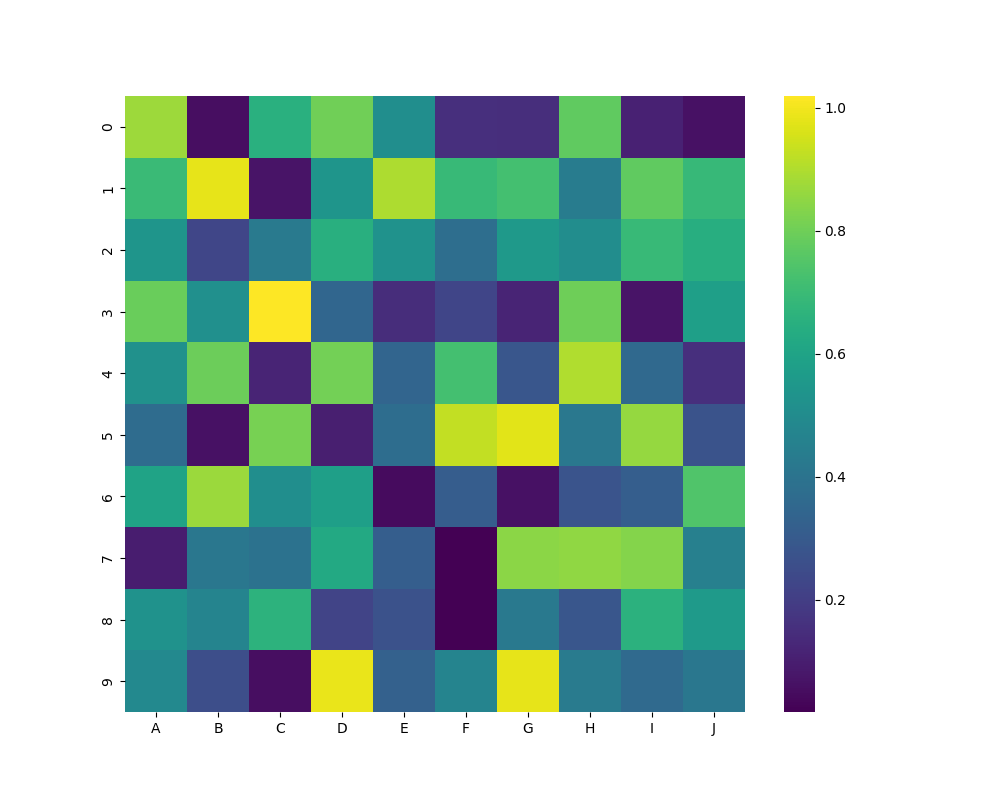
python, seaborn, heatmap, cmap='viridis', linewidths=0.0, center=none